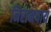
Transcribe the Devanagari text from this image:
निरामयाय